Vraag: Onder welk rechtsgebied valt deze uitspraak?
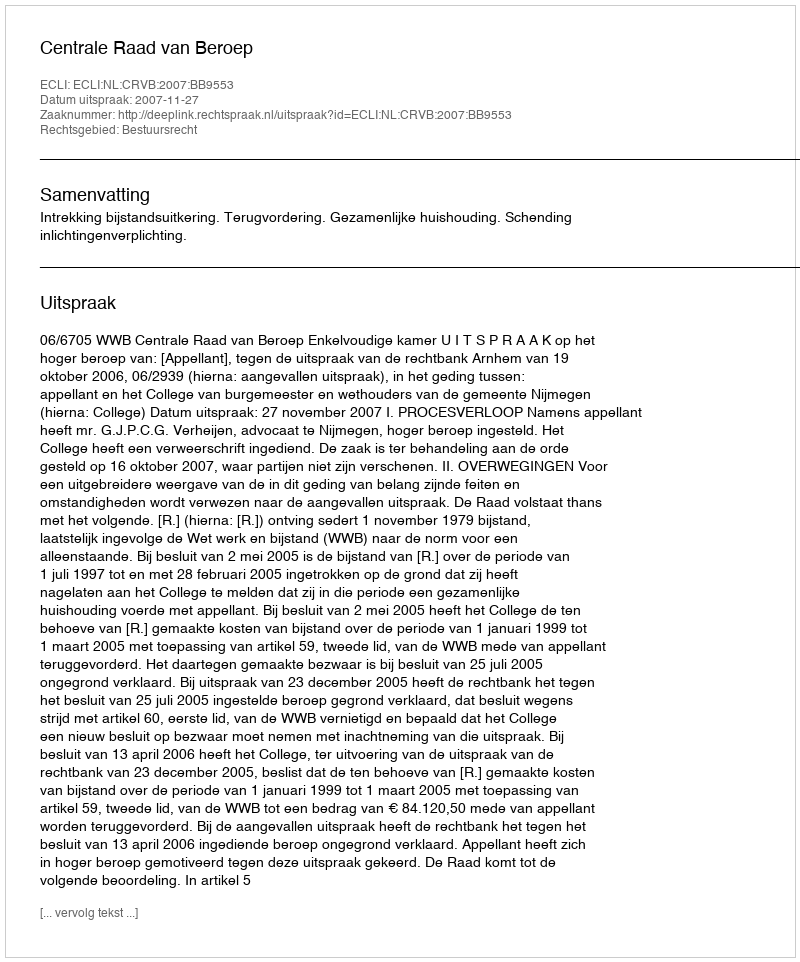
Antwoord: Bestuursrecht